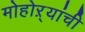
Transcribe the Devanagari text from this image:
मोहोऱ्यांची